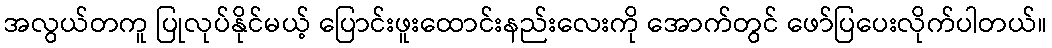
အလွယ်တကူ ပြုလုပ်နိုင်မယ့် ပြောင်းဖူးထောင်းနည်းလေးကို အောက်တွင် ဖော်ပြပေးလိုက်ပါတယ်။